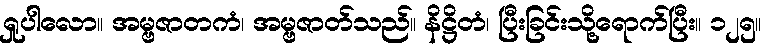
ရှုပါလော။ အမ္ဗဇာတကံ၊ အမ္ဗဇာတ်သည်။ နိဋ္ဌိတံ၊ ပြီးခြင်းသို့ရောက်ပြီး။ ၁၂၅။